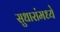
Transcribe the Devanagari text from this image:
सुधारांमध्ये